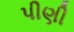
પીણી